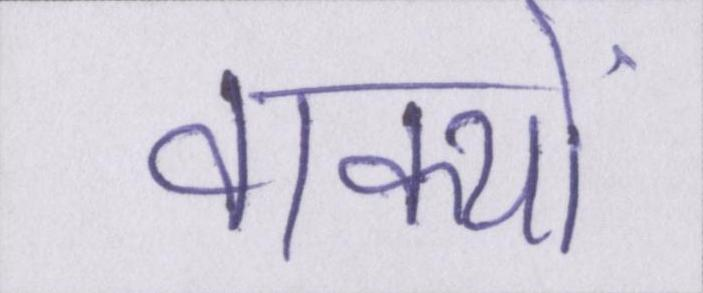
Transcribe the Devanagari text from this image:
वाक्यों